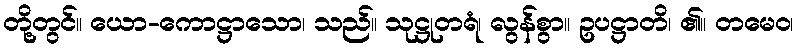
တို့တွင်။ ယော-ကောဋ္ဌာသော၊ သည်။ သုဋ္ဌုတရံ၊ လွန်စွာ။ ဥပဋ္ဌာတိ၊ ၏။ တမေဝ၊